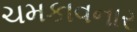
ચમકાવનાર